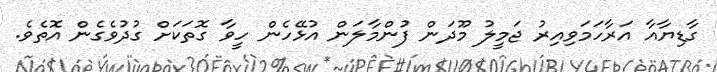
ގާޑިޔާއާ އަރާހަމަވިއިރު ޖަމީލު މޫދަން ފުންމާލަން އުޅޭހެން ހީވާ ގޮތަކަށް ގުދުވެގެން އޮތެވެ.